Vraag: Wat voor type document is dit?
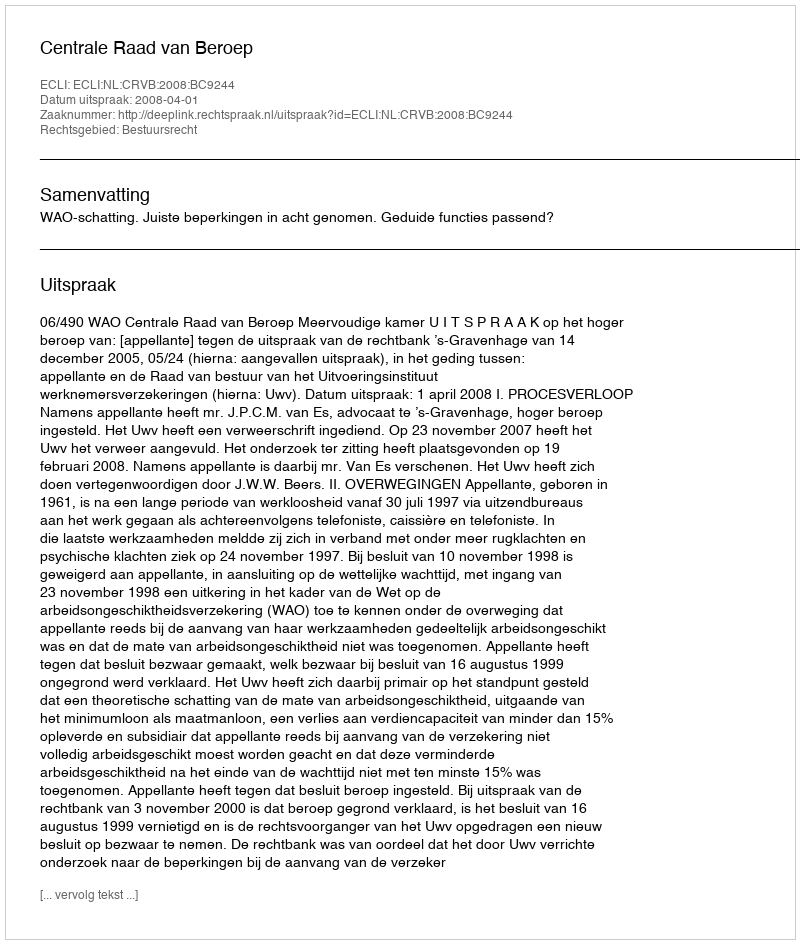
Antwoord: Uitspraak